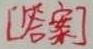
[答案]